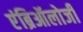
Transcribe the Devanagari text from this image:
एंब्रिऑलोजी